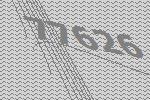
77626